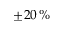
\pm 2 0 \, \%